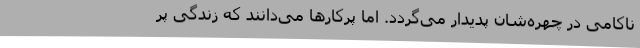
ناکامی در چهره‌شان پدیدار می‌گردد. اما پرکارها می‌دانند که زندگی پر